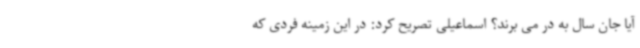
آیا جان سال به در می برند؟ اسماعیلی تصریح کرد: در این زمینه فردی که